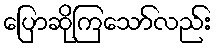
ပြောဆိုကြသော်လည်း